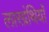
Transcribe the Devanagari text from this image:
लारग्रंथियाँ